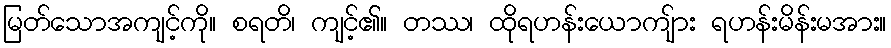
မြတ်သောအကျင့်ကို။ စရတိ၊ ကျင့်၏။ တဿ၊ ထိုရဟန်းယောကျ်ား ရဟန်းမိန်းမအား။